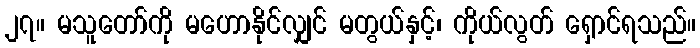
၂၇။ မသူတော်ကို မဟောနိုင်လျှင် မတွယ်နှင့်၊ ကိုယ်လွတ် ရှောင်ရသည်။